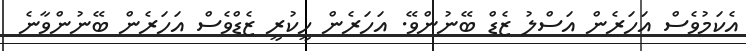
އެކަމުވެސް އަހަރެން އަސްލު ޒެޑް ބޭނުންވޭ. އަހަރެން ހީކުރީ ޒެޑްވެސް އަހަރެން ބޭނުންވާނެ